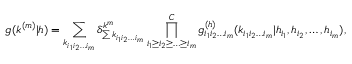
g ( k ^ { ( m ) } | h ) = \sum _ { k _ { i _ { 1 } i _ { 2 } \ldots i _ { m } } } \delta _ { \sum { k _ { i _ { 1 } i _ { 2 } \ldots i _ { m } } } } ^ { k ^ { m } } \prod _ { i _ { 1 } \geq i _ { 2 } \geq \ldots \geq i _ { m } } ^ { C } g _ { i _ { 1 } i _ { 2 } \ldots i _ { m } } ^ { ( h ) } ( k _ { i _ { 1 } i _ { 2 } \ldots i _ { m } } | h _ { i _ { 1 } } , h _ { i _ { 2 } } , \ldots , h _ { i _ { m } } ) ,